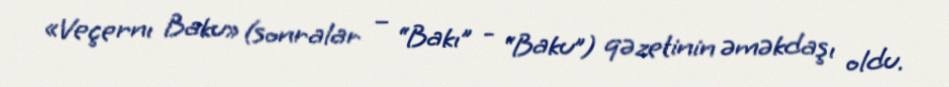
«Veçernı Baku» (sonralar – “Bakı” - “Baku”) qəzetinin əməkdaşı oldu.